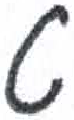
אות: ט